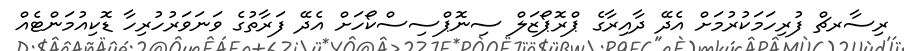
ރިސާރޗް ފުރިހަމަކުރުމަށް އެދޭ ދާއިރާގެ ޕްރޮޕޯޒަލް ސިނޮޕްސިސްކޯހަށް އެދޭ ފަރާތުގެ ވަނަވަރުހުރިހާ ޑޮކިއުމަންޓެއް